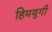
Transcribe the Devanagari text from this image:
हिमयुगी